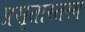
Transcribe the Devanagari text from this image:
प्रसृतास्तस्य